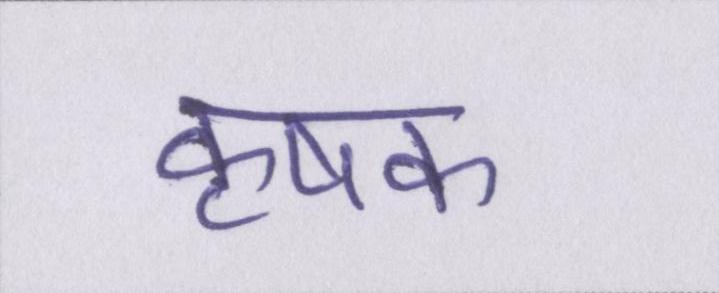
कृषक